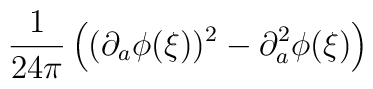
\frac{1}{24\pi}\left((\partial_{a}\phi(\xi))^{2}-\partial_{a}^{2}\phi(\xi)\right)